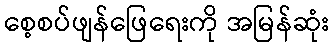
စေ့စပ်ဖျန်ဖြေရေးကို အမြန်ဆုံး